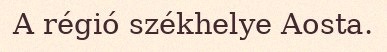
A régió székhelye Aosta.